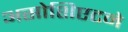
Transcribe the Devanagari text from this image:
असोशिएटने